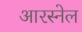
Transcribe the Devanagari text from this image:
आरस्नेल